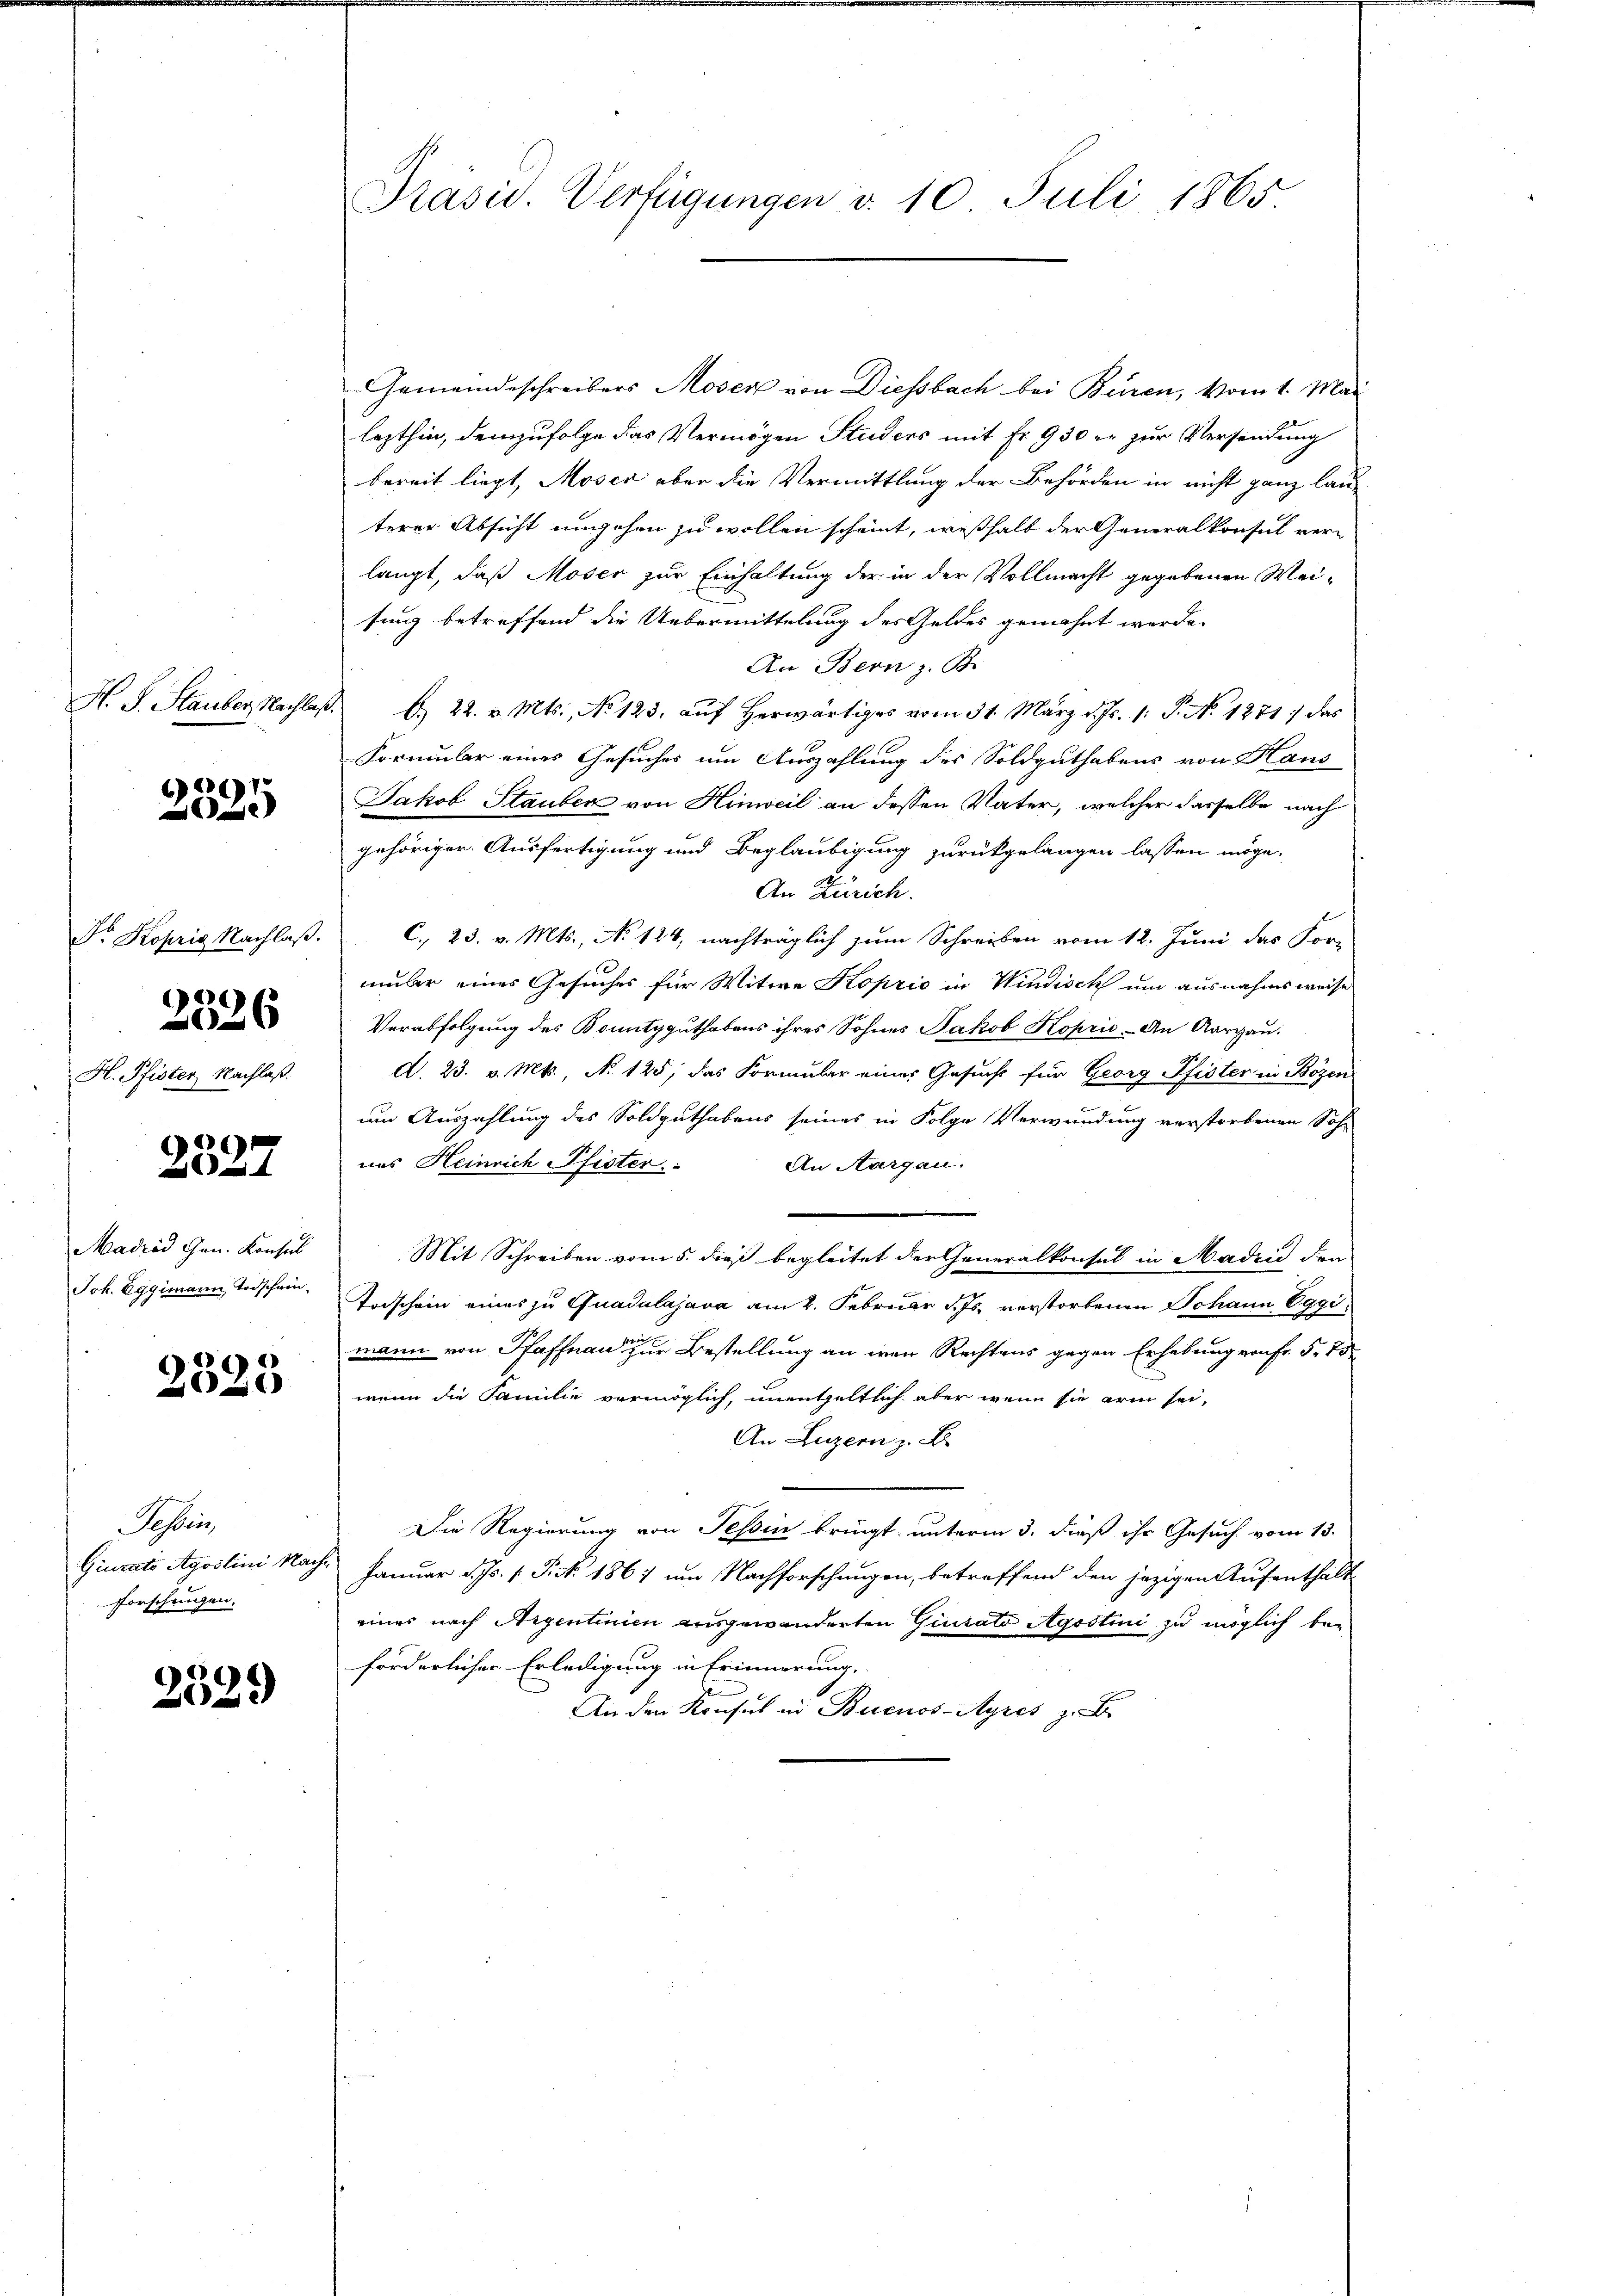
2395

Dr. Kopria Nachlaß.

2326

H. Pfister Nachlaß.

e

Madrid Gen. Konsul
Joh. Eggimann, Todschein,

2525

Pasein
forschungen.

2329

Gemeindeschreibers Moser von Diessbach bei Büren, vom 1. Mai
lezthin, demzufolge das Vermögen Studers mit Fr. 930 er zur Versendung
bereit liegt, Moser aber die Vermittlung der Behörden in nicht ganz lau-
terer Absicht ungehen zu wollen scheint, weßhalb der Generalkonsul ver-
langt, daß Moser zur Einhaltung der in der Vollmacht gegebenen Wei-
sung betreffend die Uebermittelung des Geldes genähnt werde.
An Bern z. B.
H. S. Stauber, Nachlaß. 6. 22. v. Mts., No 123, auf Herwärtiges vom 31. März d. Js. 1. P. No 1271) das
Formular eines Gesuches um Auszahlung des Soldguthabens von Haus
Jakob Stauber von Hinweil an dessen Vater, welcher dasselbe nach
gehöriger Ausfertigung und Beglaubigung zurückgelangen lassen möge.
An Zürich.
C. 23. v. Mts., No 124, nachträglich zum Schreiben vom 12. Juni das For-
mber eines Gesuches für Witwe Koprio in Windisch um ausnahmsweise
Verabfolgung des Bonitgguthabens ihres Sohnes Jakob Koprić - An Aargau.
A. 23. v. Mts., No 125, das Formular einer Gesucht für Georg Pfister in Bözen
um Auszahlung des Soldguthabens seines in Folge Verwundung verstorbenen Sohn
nes Heinrich Pfister: An Aargau.
Mit Schreiben vom 5. dieß begleitet der Generalkonsul in Madrid den
Todschein eines zu Quadalajava am 2. Februar d. Js. verstorbenen Schann Eggimann von Pfaffhause zur Bestellung an wen Rechtens gegen Erhebung von Fr. 5. 75
wenn die Familie vermöglich, unentgeltlich aber wenn sie arm sei,
An Luzern z. B.
Die Regierung von Tessin bringt, unterm 3. dieß ihr Gesuch vom 13.
Giurato Agoslini Nach. Januar d. Js. 1. P. Nr. 1867 um Nachforschungen, betreffend den jezigen Aufenthalt
eines nach Argentinien ausgewanderten Giurato Agostini zu möglich bei
forderlicher Erledigung in Erinnerung,
An den Konsul in Buenos-Ayres z. B

Präsid. Verfügungen d. 10 Juli 1865